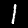
Label: 1